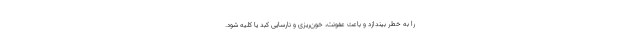
را به خطر بیندازد و باعث عفونت، خون‌ریزی و نارسایی کبد یا کلیه شود.